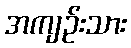
အကျဉ်းသား